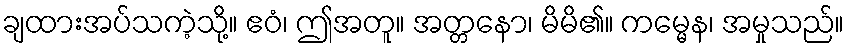
ချထားအပ်သကဲ့သို့။ ဧဝံ၊ ဤအတူ။ အတ္တနော၊ မိမိ၏။ ကမ္မေန၊ အမှုသည်။